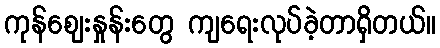
ကုန်ဈေးနှုန်းတွေ ကျရေးလုပ်ခဲ့တာရှိတယ်။